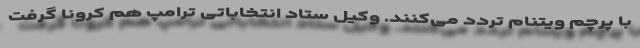
با پرچم ویتنام تردد می‌کنند. وکیل ستاد انتخاباتی ترامپ هم کرونا گرفت